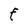
Character: f